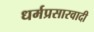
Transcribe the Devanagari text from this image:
धर्मप्रसारवादी